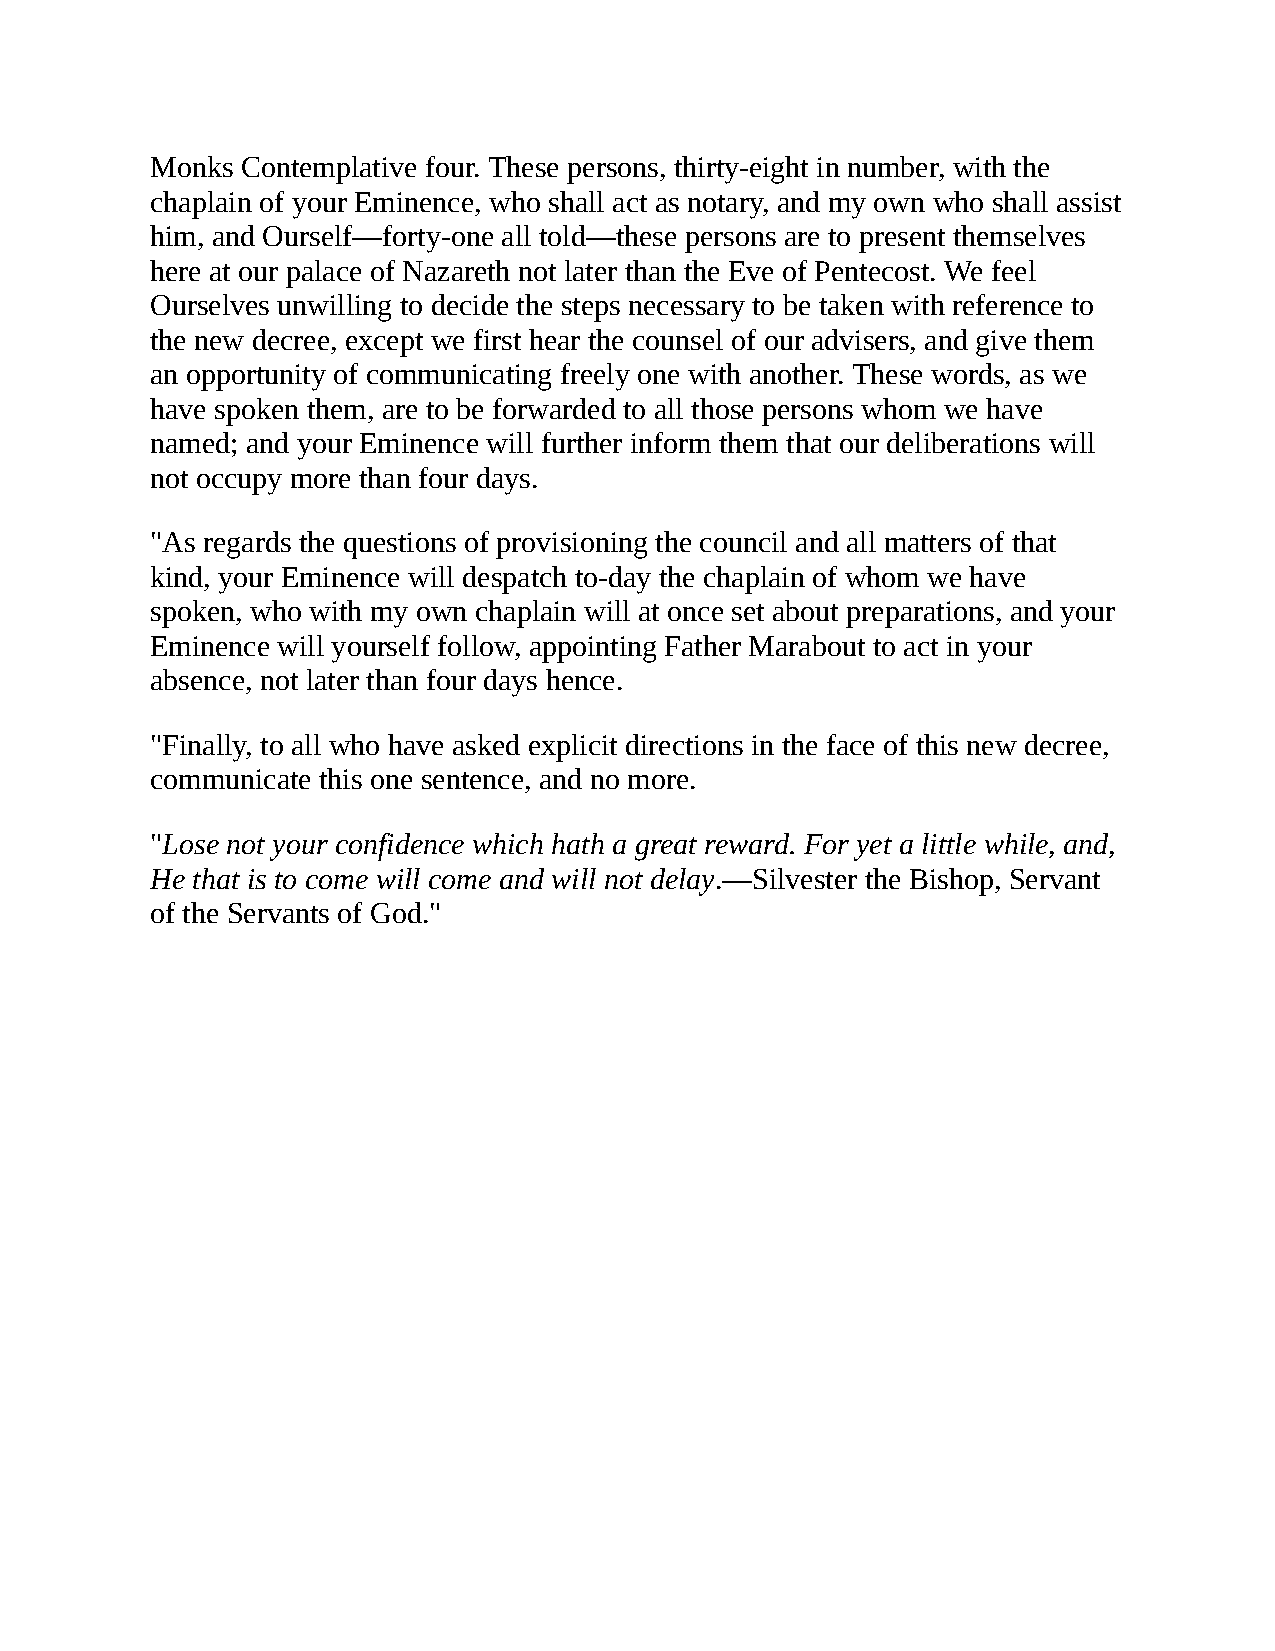
Monks Contemplative four. These persons, thirty-eight in number, with the
 chaplain of your Eminence, who shall act as notary, and my own who shall assist
 him, and Ourself—forty-one all told—these persons are to present themselves
 here at our palace of Nazareth not later than the Eve of Pentecost. We feel
 Ourselves unwilling to decide the steps necessary to be taken with reference to
 the new decree, except we first hear the counsel of our advisers, and give them
 an opportunity of communicating freely one with another. These words, as we
 have spoken them, are to be forwarded to all those persons whom we have
 named; and your Eminence will further inform them that our deliberations will
 not occupy more than four days.
 "As regards the questions of provisioning the council and all matters of that
 kind, your Eminence will despatch to-day the chaplain of whom we have
 spoken, who with my own chaplain will at once set about preparations, and your
 Eminence will yourself follow, appointing Father Marabout to act in your
 absence, not later than four days hence.
 "Finally, to all who have asked explicit directions in the face of this new decree,
 communicate this one sentence, and no more.
 "Lose not your confidence which hath a great reward. For yet a little while, and,
 He that is to come will come and will not delay.—Silvester the Bishop, Servant
 of the Servants of God."